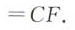
=CF。